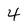
Character: 4